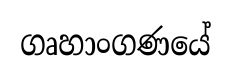
ගෘහාංගණයේ